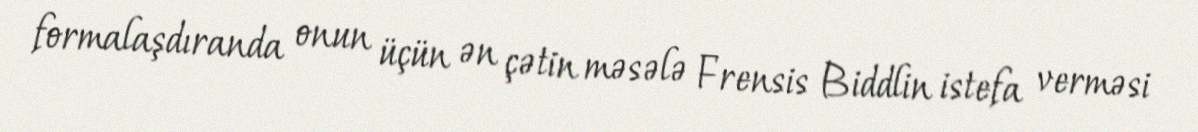
formalaşdıranda onun üçün ən çətin məsələ Frensis Biddlin istefa verməsi